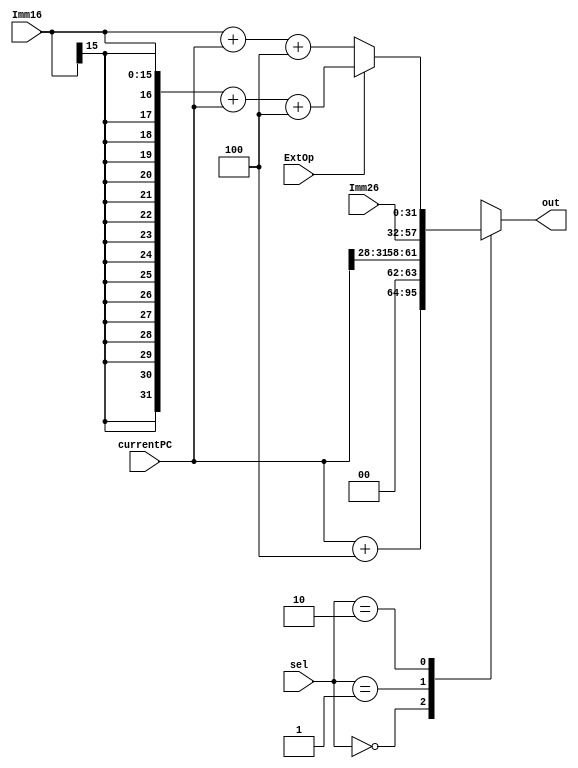
module Before_PC(
    input wire [31:0] currentPC,  // Current PC value
    input wire [25:0] Imm26,      
    input wire [15:0] Imm16,      
    input wire ExtOp,             
    input wire [1:0] sel,         
    output reg [31:0] out         
);

wire [31:0] in0 = currentPC + 4;  // Next instruction address
wire [31:0] in1 = {currentPC[31:28], Imm26};
reg [31:0] in2;

always @(*) begin
    if (ExtOp)
        in2 = {{16{Imm16[15]}}, Imm16} + currentPC + 4;  // Sign extension
    else
        in2 = {16'b0, Imm16} + currentPC + 4;           // Zero extension
end

always @(*) begin
    case (sel)
        2'b00: out = in0;  // Increment PC by 4
        2'b01: out = in1;  // PC[31:28] ? Imm26
        2'b10: out = in2;  // PC + Imm16 (with extension)
        default: out = 32'bx;  // Handle unexpected cases
    endcase
end

endmodule